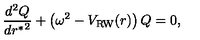
{ \frac { d ^ { 2 } Q } { d { r ^ { * } } ^ { 2 } } } + \left( \omega ^ { 2 } - V _ { \mathrm { R W } } ( r ) \right) Q = 0 ,